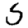
Digit: 5